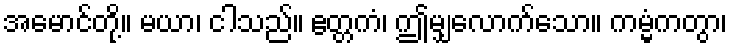
အမောင်တို့။ မယာ၊ ငါသည်။ ဧတ္တကံ၊ ဤမျှလောက်သော။ ကမ္မံကတွာ၊